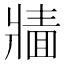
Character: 𱭔